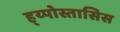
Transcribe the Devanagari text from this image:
ह्य्पोस्तासिस